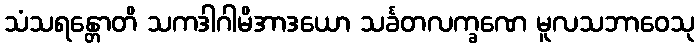
သံသရန္တောတိ သကဒါဂါမိအာဒယော သင်္ခတလက္ခဏေ မူလသဘာဝေသု